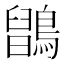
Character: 𪅉